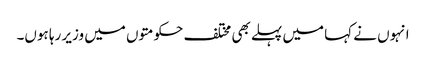
انہوں نے کہا میں پہلے بھی مختلف حکومتوں میں وزیر رہا ہوں۔